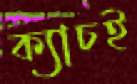
ক্যাচই